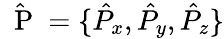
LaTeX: \hat{\mathrm{~\mathbf~P~}}=\{ \hat{P}_{x},\hat{P}_{y},\hat{P}_{z}\}